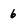
Character: 6